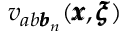
{ v } _ { a b { \pmb b } _ { n } } ( { \pmb x } , { \pmb \xi } )